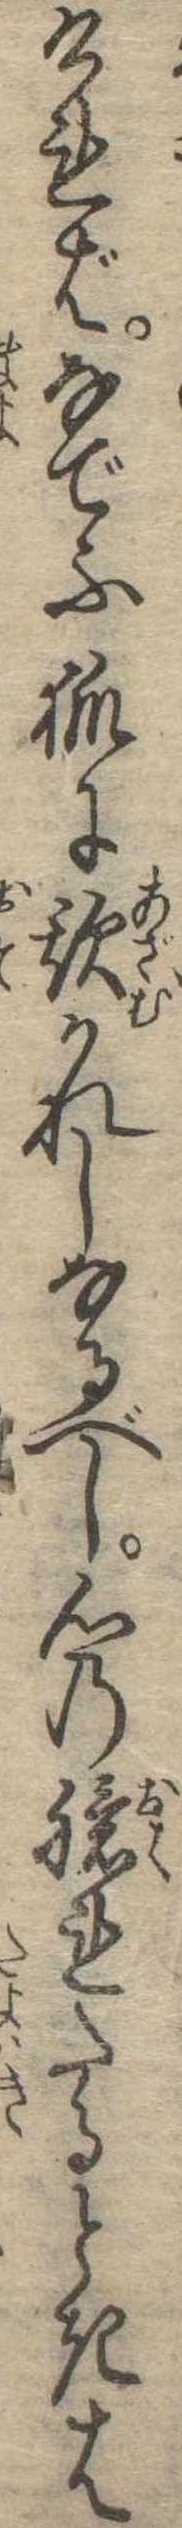
ければなでふ狐に欺かれしなるべし心の臆れたるときは